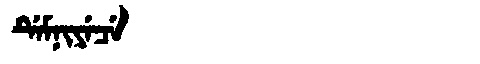
Manchu: ᡩᡝᠮᠨᡳᠶᡝᠴᡝ
Romanization: DEMNIYECE